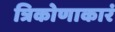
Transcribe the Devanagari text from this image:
त्रिकोणाकारं